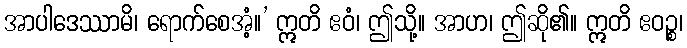
အာပါဒေဿာမိ၊ ရောက်စေအံ့။’ ဣတိ ဧဝံ၊ ဤသို့။ အာဟ၊ ဤဆို၏။ ဣတိ ဧဝဉ္စ၊